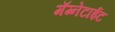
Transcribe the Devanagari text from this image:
मॅग्नेटाईट